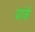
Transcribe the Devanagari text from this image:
पांके